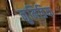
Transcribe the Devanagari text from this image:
नुमिडिया